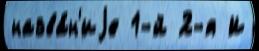
назва́н'иjе 1-й 2-я И